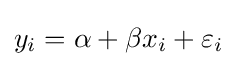
y_{i}=\alpha +\beta x_{i}+\varepsilon _{i}